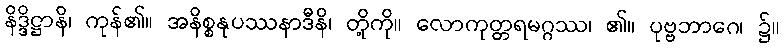
နိဒ္ဒိဋ္ဌာနိ၊ ကုန်၏။ အနိစ္စနုပဿနာဒီနိ၊ တို့ကို။ လောကုတ္တရမဂ္ဂဿ၊ ၏။ ပုဗ္ဗဘာဂေ၊ ၌။